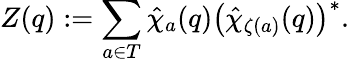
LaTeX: Z(q):=\sum_{a\in T}\hat{\chi}_{a}(q)\left(\hat{\chi}_{\zeta(a)}(q)\right)^{*}.